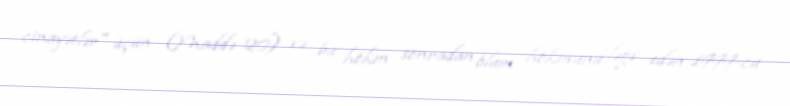
cinayətlər" üçün (Maddə 20) və bu hökm sonradan ölüm hökmünü ləğv edən 1999-cu